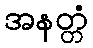
အနတ္တံ